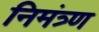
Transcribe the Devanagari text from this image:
निमंत्र्ण